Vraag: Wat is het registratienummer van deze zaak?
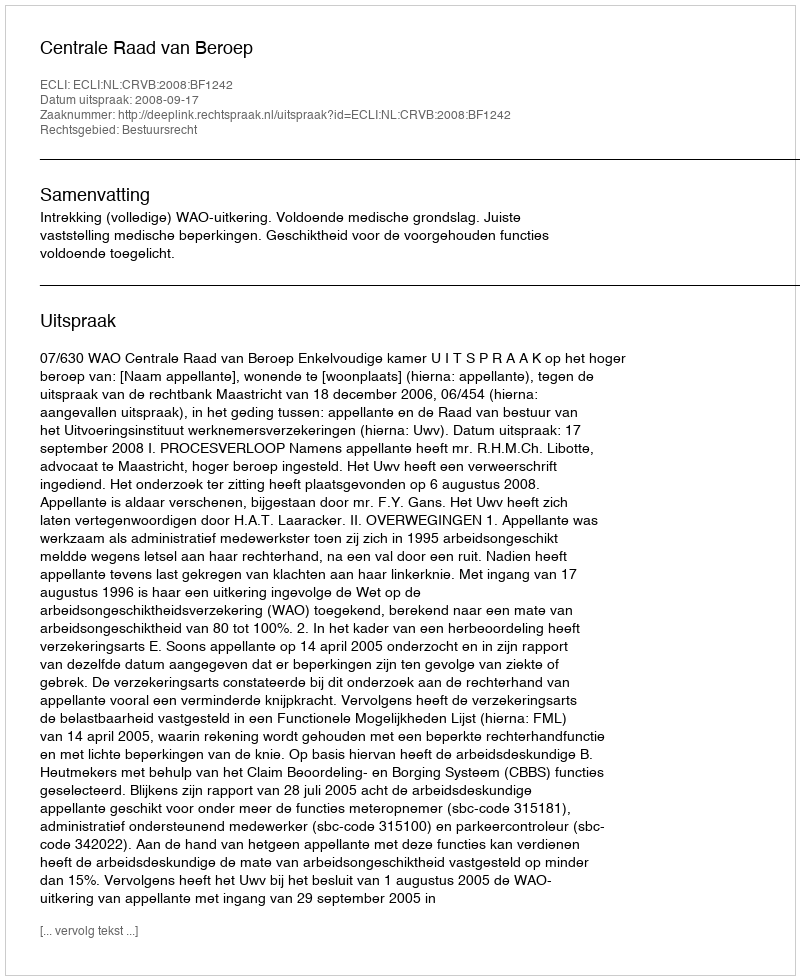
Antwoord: http://deeplink.rechtspraak.nl/uitspraak?id=ECLI:NL:CRVB:2008:BF1242